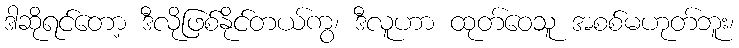
ဒါဆိုရင်တော့ ဒီလိုဖြစ်နိုင်တယ်ကွ၊ ဒီလူဟာ ထုတ်ဝေသူ အစစ်မဟုတ်ဘူး၊